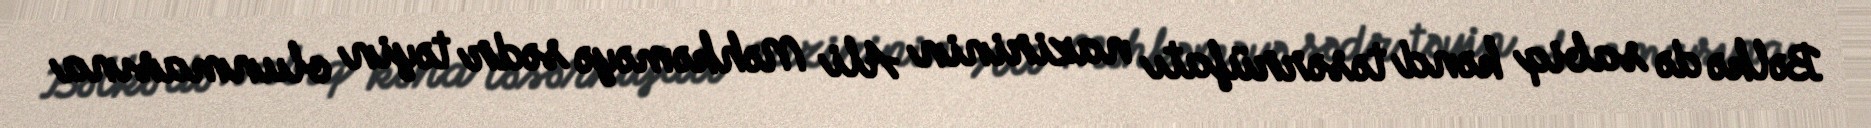
Bəlkə də sabiq kənd təsərrüfatı nazirinin Ali Məhkəməyə sədr təyin olunmasına